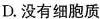
D.没有细胞质